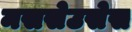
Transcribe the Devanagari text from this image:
मससेउसेस